Annual statistical returns and brief notes on vaccination in Bengal - 1896-1909
Year: 1896
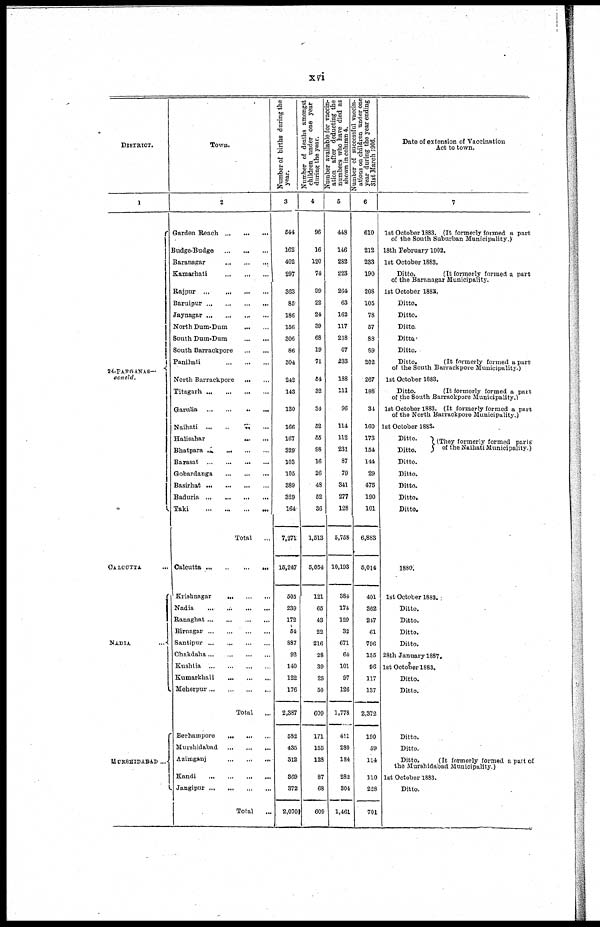
xvi
DISTRICT.
1
24-PARGANAS—
concld.
CALCUTTA ...
NADIA
...
MURSHIDABAD ...
Town.
2
Garden Reach
...
...
...
Budge-Budge
...
...
...
Baranagar
...
...
...
Kamarhati
...
...
...
Rajpur
...
...
...
...
Baruipur
...
...
...
...
Jaynagar
...
...
...
...
North Dum-Dum
...
...
South Dum-Dum
...
...
South Barrackpore
...
...
Panihati
...
...
...
North Barrackpore
...
...
Titagarh
...
...
...
...
Garulia
...
...
...
...
Naihati ... ... ... ...
Halisahar ... ... ...
Bhatpara ... ... ... ...
Barasat
...
...
...
...
Gobardanga
...
...
...
Basirhat
...
...
...
...
Baduria
...
...
...
...
Taki
...
...
...
...
Total ...
Calcutta
...
...
...
...
Krishnagar
...
...
...
Nadia
...
...
...
...
Ranaghat ... ... ... ...
Birnagar
...
...
...
...
Santipur
...
...
...
...
Chakdaha ... ... ... ...
Kushtia
...
...
...
...
Kumarkhali
...
...
...
Meherpur ... ... ... ...
Total ...
Berhampore ... ... ...
Murshidabad
...
...
...
Azimganj
...
...
...
Kandi
...
...
...
...
Jangipur ... ... ... ...
Total
...
N umber of births during the
year.
3
544
162
402
297
363
85
186
156
306
86
304
242
143
130
166
167
329
103
105
389
329
164
7,271
15,247
505
239
172
54
887
92
140
122
176
2,387
582
435
312
369
372
2,070
Number of deaths amongst
children under one year
during the year.
4
96
16
120
74
99
22
24
39
68
19
71
54
32
34
52
55
98
16
26
48
52
36
1,513
5,054
121
65
43
22
216
28
39
25
50
609
171
155
12
87
68
609
Number available for vaccin-
ation after deducting the
numbers who have died as
shown in column 4.
5
448
146
282
223
264
63
162
117
238
67
233
188
111
96
114
112
231
87
79
341
277
128
5,758
10,193
384
174
129
32
671
64
101
97
126
1,778
411
280
184
282
304
1,461
N umber of successful vaccin-
ations on children under one
year during the year ending
31st March 1906.
6
610
212
233
190
208
105
78
57
88
89
202
267
188
34
160
173
154
144
29
475
190
101
6,883
5,014
401
362
247
61
796
155
96
117
137
2,372
190
59
114
110
228
701
Date of extension of Vaccination
Act to town.
7
1st October 1883. (It formerly formed a part
of the South Suburban Municipality.)
18th February 1902.
1st October 1883.
Ditto.
(It formerly formed a part
of the Baranagar Municipality.
1st October 1883.
Ditto.
Ditto.
Ditto.
Ditto.
Ditto.
Ditto.
(It formerly formed a part
of the South Barrackpore Municipality.)
1st October 1883.
Ditto.
(It formerly formed a part
of the South Barrackpore Municipality.)
1st October 1883. (It formerly formed a part
of the North Barrackpore Municipality.)
1st October 1883.
Ditto.
Ditto.
(They formerly formed parts
of the Naihati Municipality.)
Ditto.
Ditto.
Ditto.
Ditto.
Ditto.
1880.
1st October 1883.
Ditto.
Ditto.
Ditto.
Ditto.
28th January 1887.
1st October 1883.
Ditto.
Ditto.
Ditto.
Ditto.
Ditto.
(It formerly formed a part of
the Murshidabad Municipality.)
1st October 1883.
Ditto.